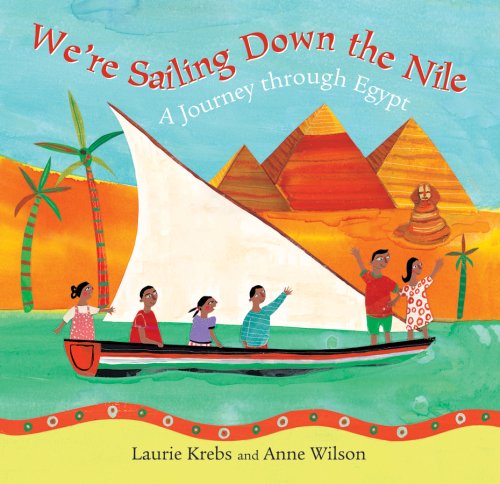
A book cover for We're Sailing Down the Nile; Laurie Krebs; Travel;